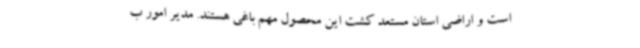
است و اراضی استان مستعد کشت این محصول مهم باغی هستند. مدیر امور ب